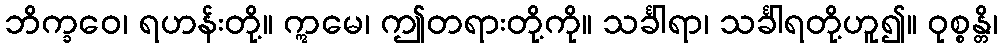
ဘိက္ခဝေ၊ ရဟန်းတို့။ ဣမေ၊ ဤတရားတို့ကို။ သင်္ခါရာ၊ သင်္ခါရတို့ဟူ၍။ ဝုစ္စန္တိ၊